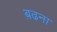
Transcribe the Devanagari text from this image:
ब़ढ़ना